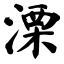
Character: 溧